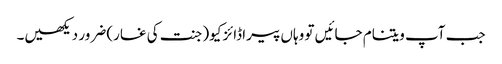
جب آپ ویتنام جائیں تو وہاں پیراڈائز کیو(جنت کی غار) ضرور دیکھیں۔